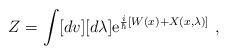
LaTeX: \begin{align*}Z=\int [dv][d\lambda]{\rm e}^{\frac{i}{\hbar}\left[W(x) +X(x,\lambda)\right]}{}~,\end{align*}